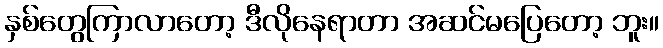
နှစ်တွေကြာလာတော့ ဒီလိုနေရာတာ အဆင်မပြေတော့ ဘူး။